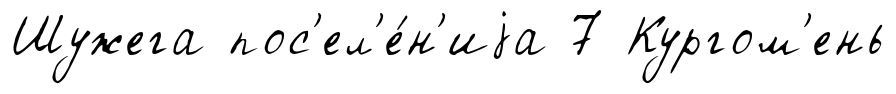
Шужега пос'ел'е́н'иjа 7 Кургом'ень